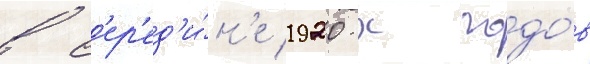
в с'ер'ед'и́н'е 1920-х годо́в